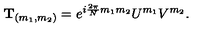
{ \bf T } _ { ( m _ { 1 } , m _ { 2 } ) } = e ^ { i { \frac { 2 \pi } { N } } m _ { 1 } m _ { 2 } } U ^ { m _ { 1 } } V ^ { m _ { 2 } } .